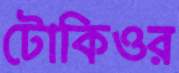
টোকিওর